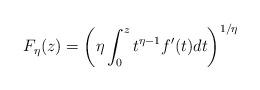
LaTeX: \begin{align*}F_{\eta }(z)=\left( \eta \int_{0}^{z}t^{\eta -1}f^{\prime }(t)dt\right)^{1/\eta } \end{align*}